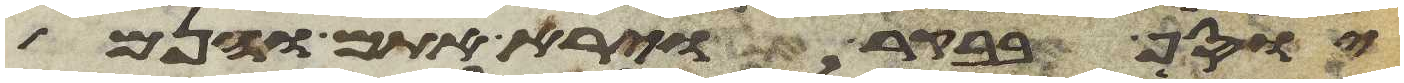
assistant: יוסף בבקר וירא אתם והנם